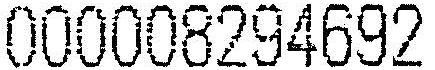
000008294692